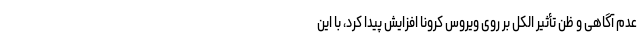
عدم آگاهی و ظن تأثیر الکل بر روی ویروس کرونا افزایش پیدا کرد، با این